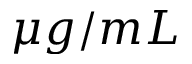
\mu g / m L